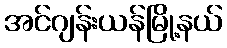
အင်ဂျန်းယန်မြို့နယ်